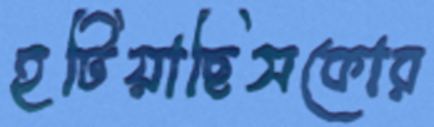
হটিয়াছিসকোর